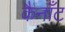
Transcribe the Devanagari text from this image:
कैनाँट